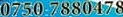
0750 7880478